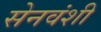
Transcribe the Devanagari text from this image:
सेनवंशी